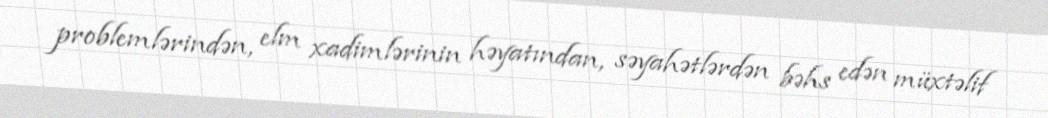
problemlərindən, elm xadimlərinin həyatından, səyahətlərdən bəhs edən müxtəlif